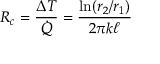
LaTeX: R _ { c } = { \frac { \Delta T } { \dot { Q } } } = { \frac { \ln ( r _ { 2 } / r _ { 1 } ) } { 2 \pi k \ell } }